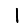
Digit: 1